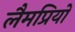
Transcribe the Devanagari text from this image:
लैमप्रियों